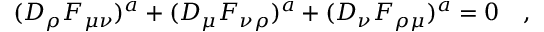
( D _ { \rho } F _ { \mu \nu } ) ^ { a } + ( D _ { \mu } F _ { \nu \rho } ) ^ { a } + ( D _ { \nu } F _ { \rho \mu } ) ^ { a } = 0 \quad ,